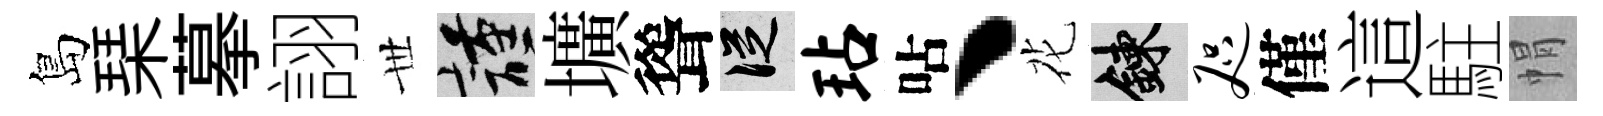
島琹摹詡𠀍謹壙聳從玷呫丶花練咫僅這駐㡌